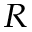
_ R